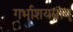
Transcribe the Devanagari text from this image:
गर्भाशयस्नायू